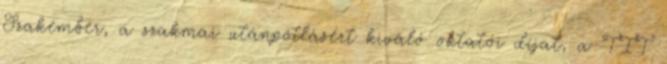
Szakember, a szakmai utánpótlásért kiváló oktatói díjat, a TIT